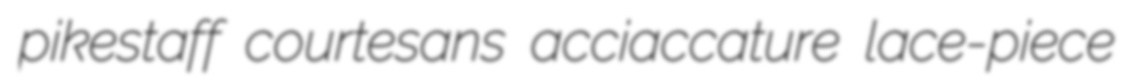
pikestaff courtesans acciaccature lace-piece